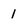
Character: 1